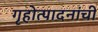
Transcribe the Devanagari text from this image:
गृहोत्पादनांची